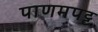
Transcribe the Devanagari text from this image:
पाणमपट्ट